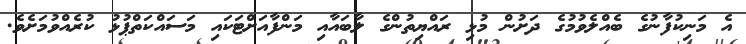
އެ މަނިކުފާނުގެ ބެއްލެވުމުގެ ދަށުން މުޅި ރައްޔިތުންގެ ލާބައާއި މަންފާއަށްޓަކައި މަސައްކަތްޕުޅު ކުރެއްވުމަށެވެ.